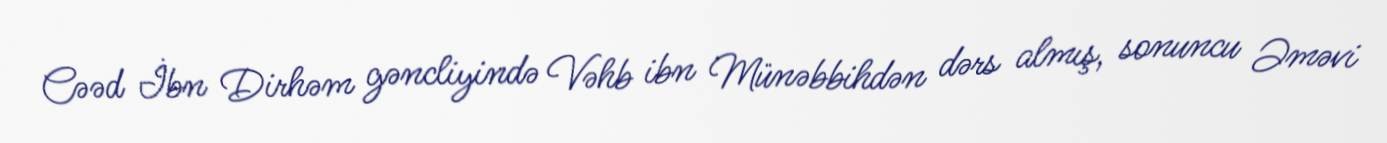
Cəəd İbn Dirhəm gəncliyində Vəhb ibn Münəbbihdən dərs almış, sonuncu Əməvi